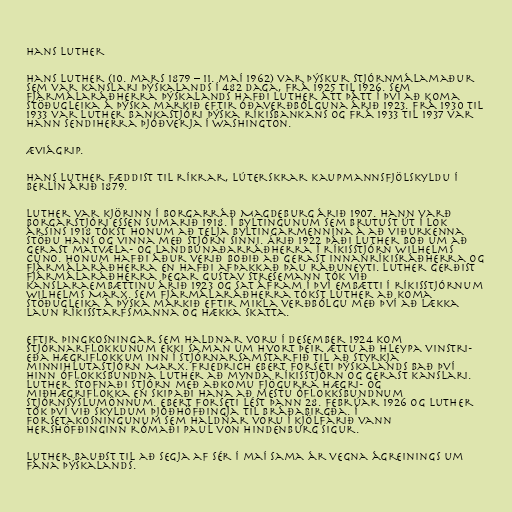
Hans Luther

Hans Luther (10. mars 1879 – 11. maí 1962) var þýskur stjórnmálamaður
sem var kanslari Þýskalands í 482 daga, frá 1925 til 1926. Sem
fjármálaráðherra Þýskalands hafði Luther átt þátt í því að koma
stöðugleika á þýska markið eftir óðaverðbólguna árið 1923. Frá 1930 til
1933 var Luther bankastjóri þýska ríkisbankans og frá 1933 til 1937 var
hann sendiherra Þjóðverja í Washington.

Æviágrip.

Hans Luther fæddist til ríkrar, lúterskrar kaupmannsfjölskyldu í
Berlín árið 1879.

Luther var kjörinn í borgarráð Magdeburg árið 1907. Hann varð
borgarstjóri Essen sumarið 1918. Í byltingunum sem brutust út í lok
ársins 1918 tókst honum að telja byltingarmennina á að viðurkenna
stöðu hans og vinna með stjórn sinni. Árið 1922 þáði Luther boð um að
gerast matvæla- og landbúnaðarráðherra í ríkisstjórn Wilhelms
Cuno. Honum hafði áður verið boðið að gerast innanríkisráðherra og
fjármálaráðherra en hafði afþakkað þau ráðuneyti. Luther gerðist
fjármálaráðherra þegar Gustav Stresemann tók við
kanslaraembættinu árið 1923 og sat áfram í því embætti í ríkisstjórnum
Wilhelms Marx. Sem fjármálaráðherra tókst Luther að koma
stöðugleika á þýska markið eftir mikla verðbólgu með því að lækka
laun ríkisstarfsmanna og hækka skatta.

Eftir þingkosningar sem haldnar voru í desember 1924 kom
stjórnarflokkunum ekki saman um hvort þeir ættu að hleypa vinstri-
eða hægriflokkum inn í stjórnarsamstarfið til að styrkja
minnihlutastjórn Marx. Friedrich Ebert forseti Þýskalands bað því
hinn óflokksbundna Luther að mynda ríkisstjórn og gerast kanslari.
Luther stofnaði stjórn með aðkomu fjögurra hægri- og
miðhægriflokka en skipaði hana að mestu óflokksbundnum
stjórnsýslumönnum. Ebert forseti lést þann 28. febrúar 1926 og Luther
tók því við skyldum þjóðhöfðingja til bráðabirgða. Í
forsetakosningunum sem haldnar voru í kjölfarið vann
hershöfðinginn rómaði Paul von Hindenburg sigur.

Luther bauðst til að segja af sér í maí sama ár vegna ágreinings um
fána Þýskalands.